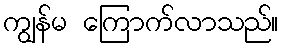
ကျွန်မ ကြောက်လာသည်။